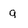
Character: g